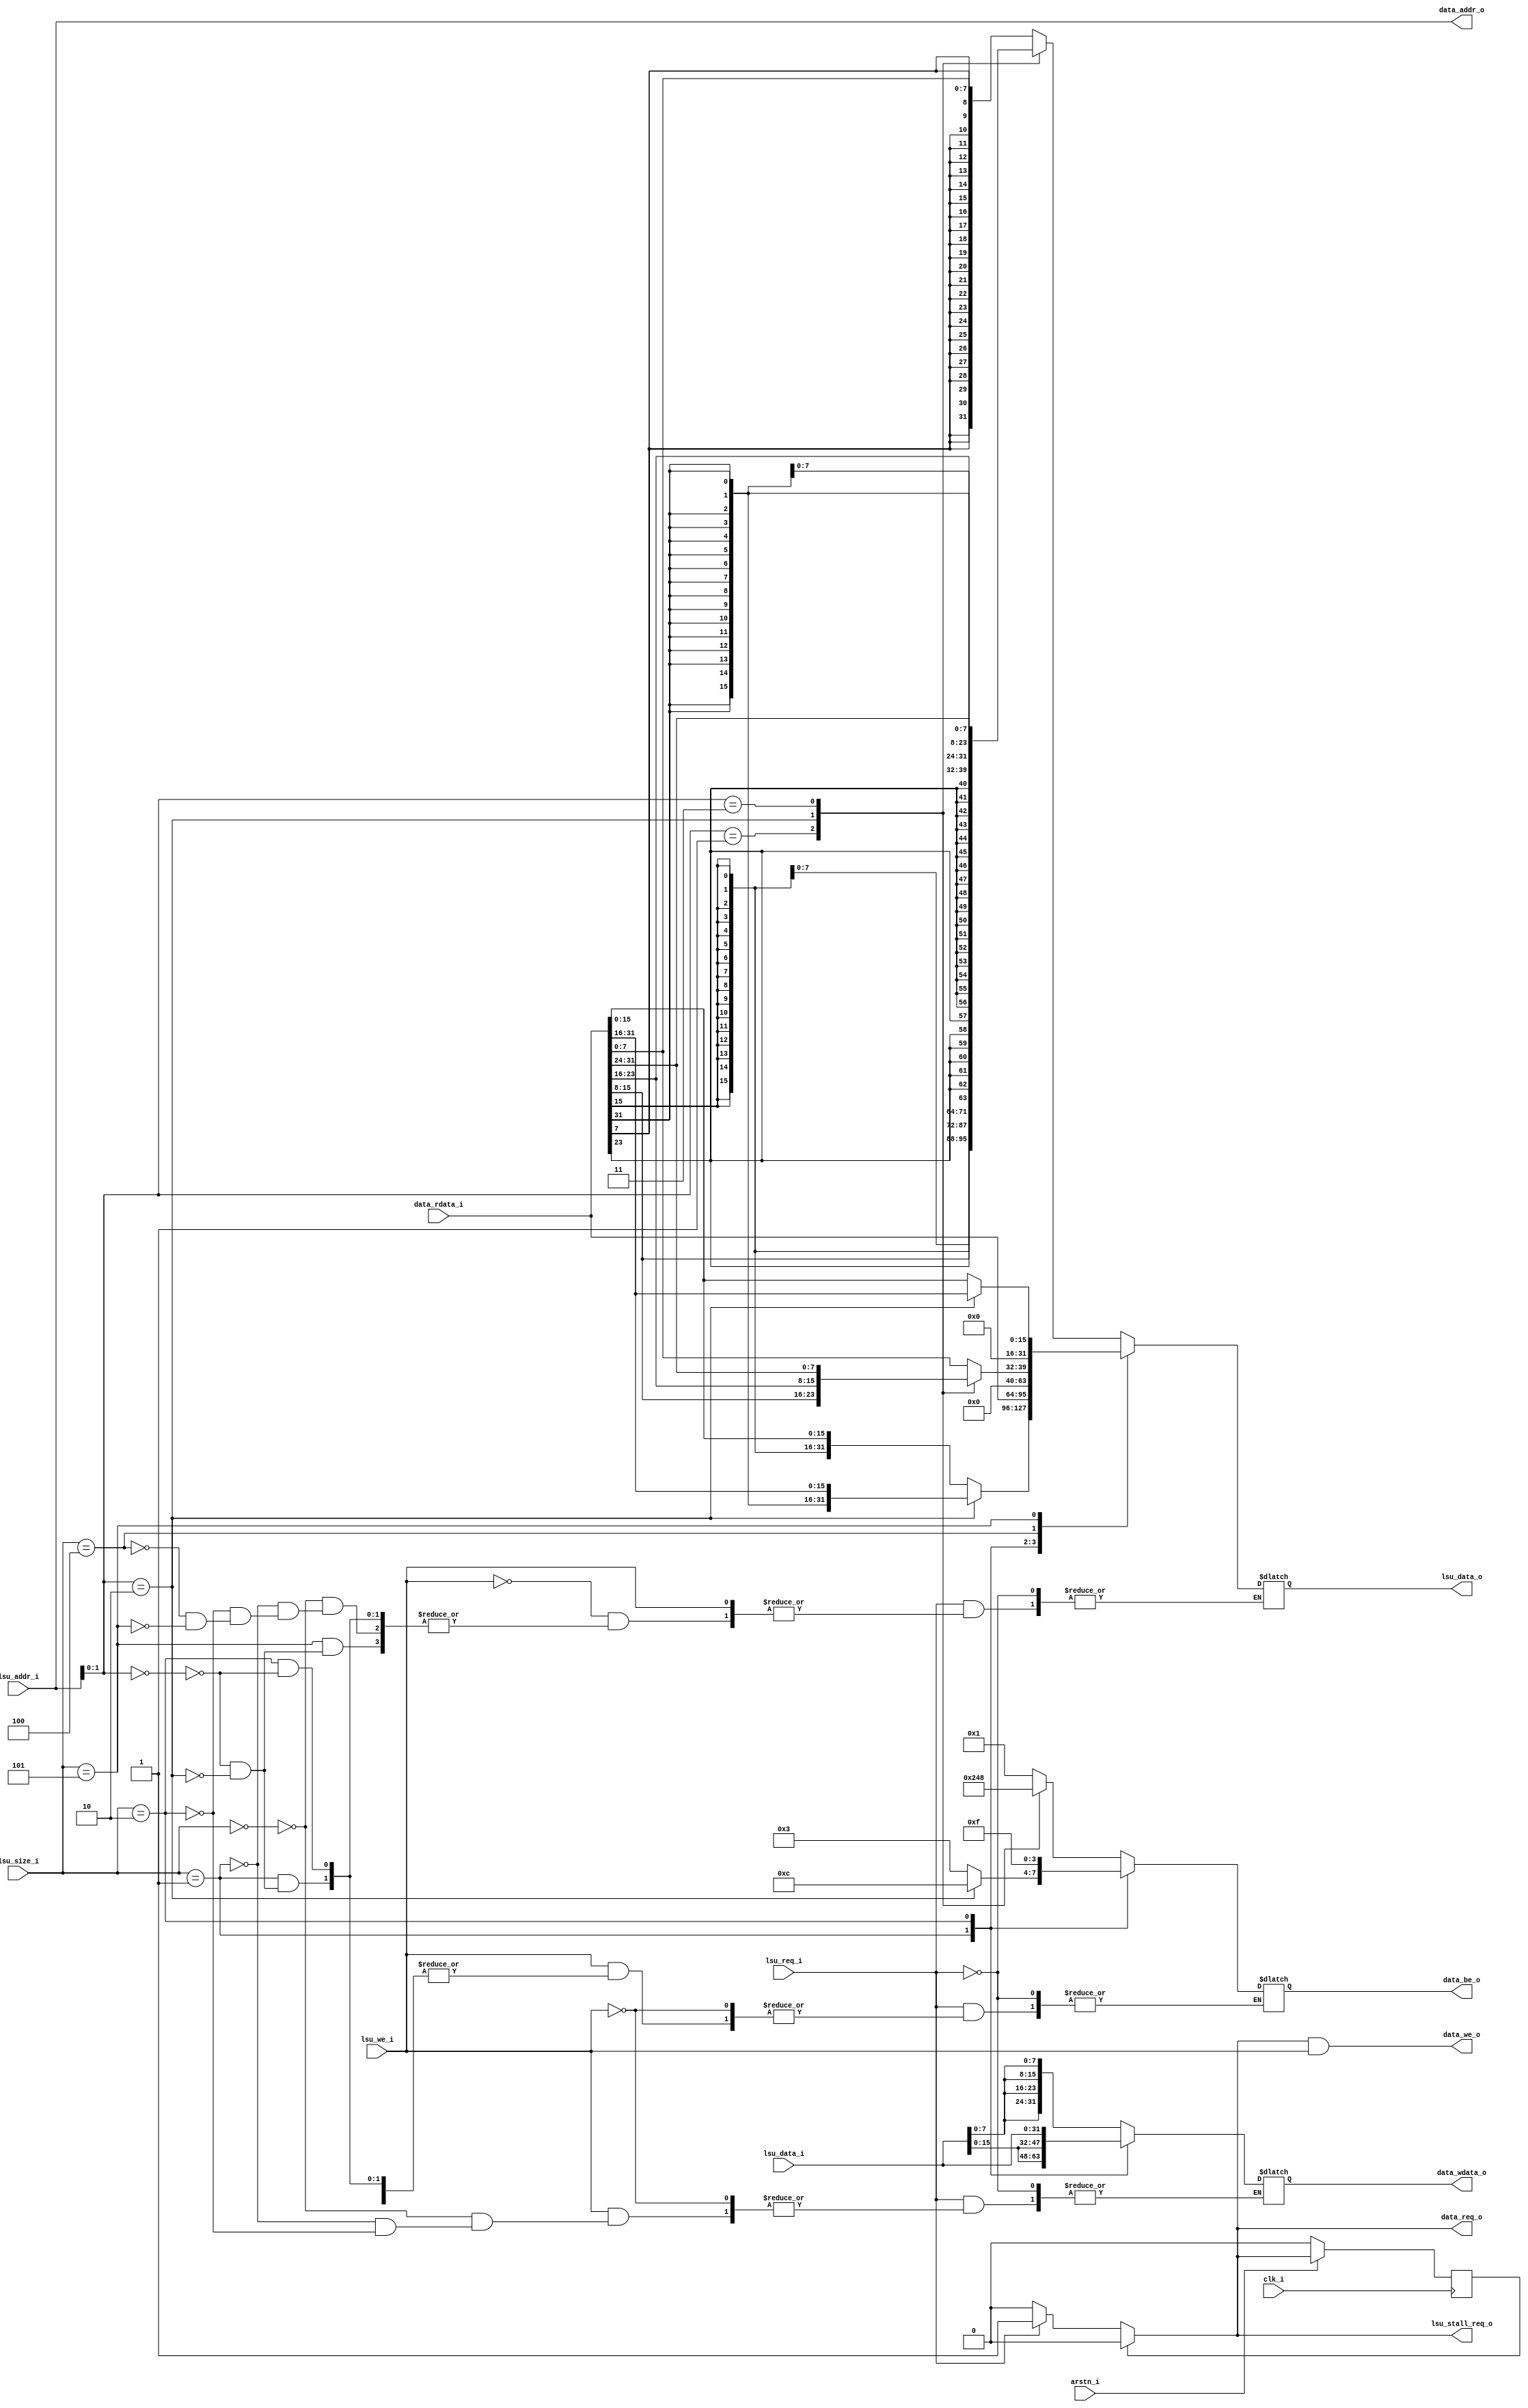
`timescale 1ns / 1ps

`define LDST_B           3'b000
`define LDST_H           3'b001
`define LDST_W           3'b010
`define LDST_BU          3'b100
`define LDST_HU          3'b101

module miriscv_lsu(
                    input          clk_i,
                    input          arstn_i,
                    // memory protocol
                    input  [31 :0] data_rdata_i,    // requested data
                    output         data_req_o, //   1  - refer to memory
                    output         data_we_o, //   1  - write request
                    output [3:0]   data_be_o, // which bytes of the word are being accessed
                    output [31 :0] data_addr_o, // the address to which the appeal is being sent
                    output [31 :0] data_wdata_o, // data to be recorded
                    //   core    protocol
                    input  [31 :0] lsu_addr_i, // the address to which we want to apply
                    input          lsu_we_i, //   1  - write to memory
                    input  [2:0]   lsu_size_i, // the size of the processed data
                    input  [31 :0] lsu_data_i, // data to write to memory
                    input          lsu_req_i, //   1  - refer to memory
                    output         lsu_stall_req_o, // !enable pc  
                    output [31 :0] lsu_data_o // data read from memory
    );
reg         data_we_o_reg;
reg [3:0]   data_be_o_reg;
reg [31 :0] data_wdata_o_reg;

reg [31 :0] lsu_data_o_reg;
reg         cnt;

reg lsu_stall_req_o_reg;
assign lsu_stall_req_o = lsu_stall_req_o_reg;
assign data_req_o      = lsu_stall_req_o_reg;
assign data_we_o       = lsu_stall_req_o_reg && lsu_we_i;


assign data_addr_o     = lsu_addr_i;
assign data_be_o       = data_be_o_reg;
assign data_wdata_o    = data_wdata_o_reg;
assign lsu_data_o      = lsu_data_o_reg;

always@(*)
begin
    if (lsu_req_i) begin
        if (lsu_we_i) begin
            case(lsu_size_i)
                `LDST_B: begin
                    data_wdata_o_reg <= { 4{lsu_data_i[7:0]} };
                    case(lsu_addr_i[1:0])
                        2'b00: data_be_o_reg <= 4'b0001;
                        2'b01: data_be_o_reg <= 4'b0010;
                        2'b10: data_be_o_reg <= 4'b0100;
                        2'b11: data_be_o_reg <= 4'b1000;
                    endcase
                end
                `LDST_H: begin
                    data_wdata_o_reg <= { 2{lsu_data_i[15:0]} };
                    case(lsu_addr_i[1:0])
                        2'b00: data_be_o_reg <= 4'b0011;
                        2'b10: data_be_o_reg <= 4'b1100;
                    endcase
                end
                `LDST_W: begin
                    data_wdata_o_reg <= lsu_data_i[31:0];
                    if (lsu_addr_i[1:0] == 2'b00) begin
                        data_be_o_reg <= 4'b1111;
                    end
                end
            endcase
        end
        if (!lsu_we_i) begin
            case(lsu_size_i)
                `LDST_B: begin
                    case(lsu_addr_i[1:0])
                        2'b00: lsu_data_o_reg <= {{24{data_rdata_i[7]}}, data_rdata_i[7:0]};
                        2'b01: lsu_data_o_reg <= {{24{data_rdata_i[15]}}, data_rdata_i[15:8]};
                        2'b10: lsu_data_o_reg <= {{24{data_rdata_i[23]}}, data_rdata_i[23:16]};
                        2'b11: lsu_data_o_reg <= {{24{data_rdata_i[31]}}, data_rdata_i[31:24]};
                    endcase
                end
                `LDST_H: begin
                    case(lsu_addr_i[1:0])
                        2'b00: lsu_data_o_reg <= {{16{data_rdata_i[15]}}, data_rdata_i[15:0]};
                        2'b10: lsu_data_o_reg <= {{16{data_rdata_i[31]}}, data_rdata_i[31:16]};
                    endcase
                end
                `LDST_W: begin
                    if (lsu_addr_i[1:0] == 2'b00) begin
                        lsu_data_o_reg <= data_rdata_i[31:0];
                    end
                end
                `LDST_BU: begin
                    case(lsu_addr_i[1:0])
                        2'b00: lsu_data_o_reg <= {24'b0, data_rdata_i[7:0]};
                        2'b01: lsu_data_o_reg <= {24'b0, data_rdata_i[15:8]};
                        2'b10: lsu_data_o_reg <= {24'b0, data_rdata_i[23:16]};
                        2'b11: lsu_data_o_reg <= {24'b0, data_rdata_i[31:24]};
                    endcase
                end
                `LDST_HU: begin
                    case(lsu_addr_i[1:0])
                        2'b00: lsu_data_o_reg <= {16'b0, data_rdata_i[15:0]};
                        2'b10: lsu_data_o_reg <= {16'b0, data_rdata_i[31:16]};
                    endcase
                end
            endcase
        end
    end
end

always@(*)
begin
    if (cnt == 1'b0) begin
        if (lsu_req_i) begin
            lsu_stall_req_o_reg <= 1'b1;
        end
        else begin
            lsu_stall_req_o_reg <= 1'b0;
        end
    end
    else begin
        lsu_stall_req_o_reg <= 1'b0;
    end
end

always@(posedge clk_i) begin
    if (!arstn_i) begin
        cnt <= 1'b0;
    end
    else begin
    if (cnt == 1'b0) begin
        if (lsu_req_i) begin
            cnt <= 1'b1;
        end
    end
    else begin
        cnt <= 1'b0;
    end
    end
end

endmodule